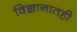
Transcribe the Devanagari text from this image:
विज्ञानातही